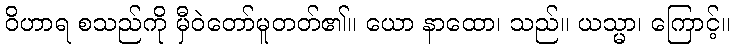
ဝိဟာရ စသည်ကို မှီဝဲတော်မူတတ်၏။ ယော နာထော၊ သည်။ ယသ္မာ၊ ကြောင့်။